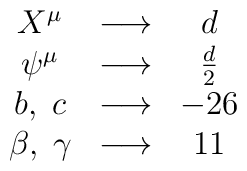
\begin{array}{ccc}X^{\mu}    & \longrightarrow  & d \\\psi^{\mu} & \longrightarrow  & \frac{d}{2} \\b,\;c	 & \longrightarrow  & -26 \\\beta,\;\gamma& \longrightarrow  & 11\end{array}